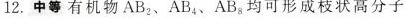
12.中等有机物 AB_{2},AB_{4},AB_{8} 均可形成枝状高分子